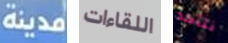
مدينة اللقاءات نتأكد